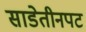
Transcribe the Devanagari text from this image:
साडेतीनपट